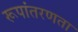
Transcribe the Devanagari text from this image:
रूपांतरणता